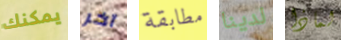
يمكنك آخر مطابقة لدينا لماذا